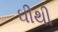
ઘીથી